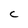
Character: c